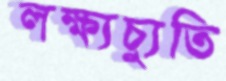
লক্ষ্যচ্যুতি